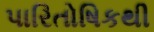
પારિતોષિકથી